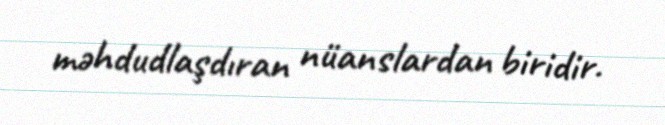
məhdudlaşdıran nüanslardan biridir.